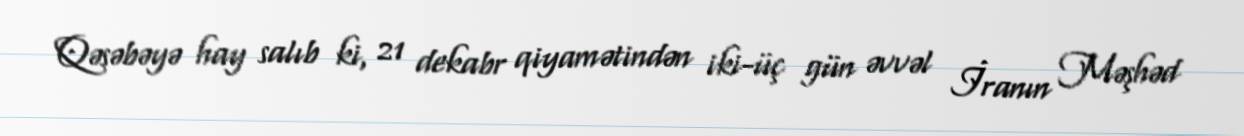
Qəsəbəyə hay salıb ki, 21 dekabr qiyamətindən iki-üç gün əvvəl İranın Məşhəd